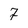
Character: 7